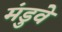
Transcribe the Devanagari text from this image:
मंडुवे